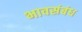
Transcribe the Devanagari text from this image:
भावसंबंध